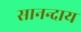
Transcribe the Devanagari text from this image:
सानन्दाय